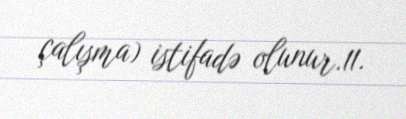
çalışma) istifadə olunur.11.